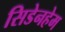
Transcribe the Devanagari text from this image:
सिडेनहेम